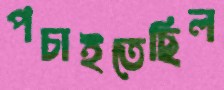
পচাইতেছিল